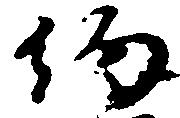
約